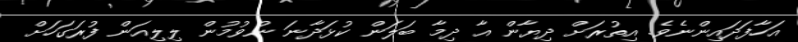
އަހާފަދައިންނެވެ. އިތުރަށް ދިޔާން އާ ދިމާ ބަލަން ކުޅަދާނަ ނުވުމުން ލިލިއަން ފުރަގަހަށް